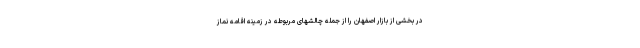
در بخشی از بازار اصفهان را از جمله چالشهای مربوطه در زمینه اقامه نماز